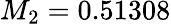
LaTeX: M_{2}=0.51308